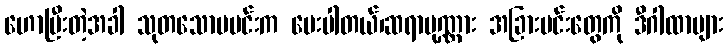
ဟောပြီးတဲ့အခါ သုတသောမမင်းက မေးပါတယ်၊ဆရာပုဏ္ဏား အခြားမင်းတွေကို ဒီဂါထာများ